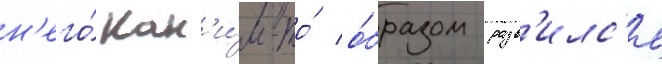
н'его́ как'и́м-то́ о́бразом разв'илс'я